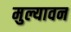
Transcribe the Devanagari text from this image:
मुल्यावन